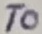
Text: T0